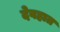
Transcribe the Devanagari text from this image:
देवहात